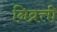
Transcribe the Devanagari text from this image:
निव्रत्ती